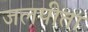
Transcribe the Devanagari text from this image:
जलपीता